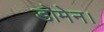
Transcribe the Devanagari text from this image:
डोमेन।